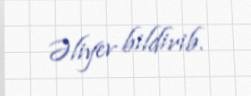
Əliyev bildirib.